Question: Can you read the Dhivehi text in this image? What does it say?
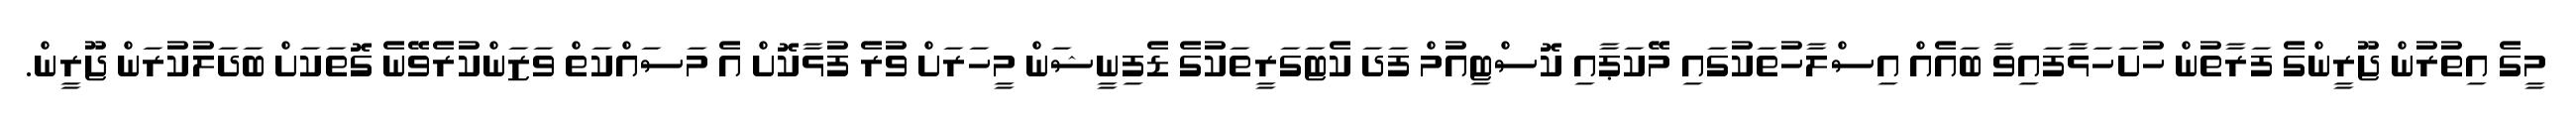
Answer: މީގެ އިތުރުން ޖޫރީންގެ ފަރާތުން ހުށަހަޅާފައިވާ ބައެއް އިސްލާހުތަކުގައި މޭކަޕާއި ކޮސްޓިއުމް ފަދަ ކެޓަގަރީތަކުގެ ޑެފިނީޝަން މީހަރަށް ވުރެ ފުޅާކޮށް އެ މަސައްކަތް ވަޒަންކުރެވޭނެ ގޮތަކަށް ބަދަލުކުރަން ޖޫރީން.